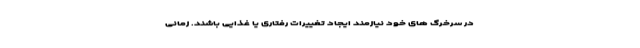
در سرخرگ های خود نیازمند ایجاد تغییرات رفتاری یا غذایی باشند. زمانی